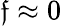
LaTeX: \mathfrak{f}\approx0